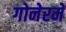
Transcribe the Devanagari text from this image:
गोनेरमें